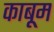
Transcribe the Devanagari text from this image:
काबूम